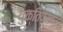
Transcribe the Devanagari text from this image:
युक्तिपरक